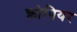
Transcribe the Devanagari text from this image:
क्रोपियर